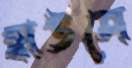
হাউসে